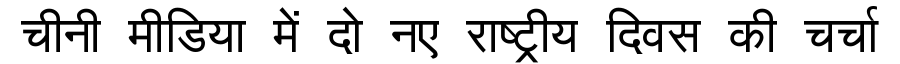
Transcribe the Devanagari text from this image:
चीनी मीडिया में दो नए राष्ट्रीय दिवस की चर्चा